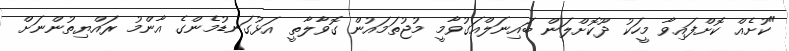
"ކުށެއް ކޮށްފައިވާ މީހަކު ދޫކޮށްލަން ބައިނަލްއަގުވާމީ މުޖުތަމައުން ގޮވާލާތީ އަޅުގަނޑުމެންގެ އާންމު ރައްޔިތުންނަށް